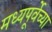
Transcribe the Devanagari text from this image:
मध्यपूर्वेच्या